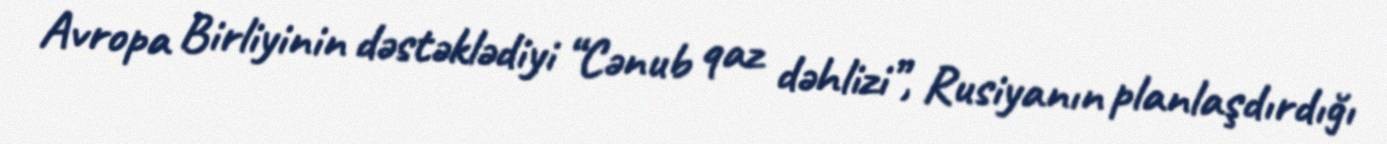
Avropa Birliyinin dəstəklədiyi “Cənub qaz dəhlizi”, Rusiyanın planlaşdırdığı